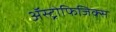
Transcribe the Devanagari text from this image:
ॲस्ट्रोफिजिक्‍स